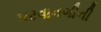
પરવાનગીની